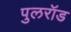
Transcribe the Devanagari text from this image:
पुलरॉड